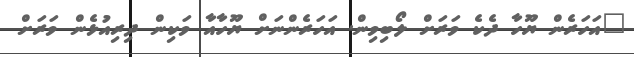
"އަހަރެން ޔޫހާ ދެކެ ވަރަށް ލޯބިވިން. އަހަރެންނަށް ޔޫހާއާ ވަކިން ދިރިއުޅެން ވަރަށް